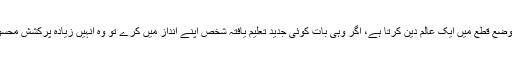
جو بات دینی وضع قطع میں ایک عالمِ دین کرتا ہے، اگر وہی بات کوئی جدید تعلیم یافتہ شخص اپنے انداز میں کرے تو وہ انہیں زیادہ پرکشش محسوس ہوتی ہے۔